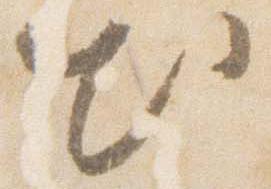
出